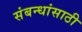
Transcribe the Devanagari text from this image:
संबन्धांसाठी